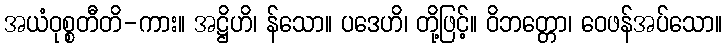
အယံဝုစ္စတီတိ-ကား။ အဋ္ဌိဟိ၊ န်သော။ ပဒေဟိ၊ တို့ဖြင့်။ ဝိဘတ္တော၊ ဝေဖန်အပ်သော။